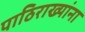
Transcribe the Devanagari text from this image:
पाठिराख्यांना